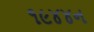
૧૯૪૪ન